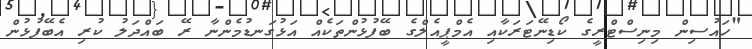
"ހައުސިން މިނިސްޓްރީގެ ކޯޑިނޭޓަރަކާއި އެމްޕީއެލްގެ ބޭފުޅުންތަކެއް އަޅުގަނޑުމެންނާ ރޭ ބައްދަލު ކުރި އެބޭފުޅުން